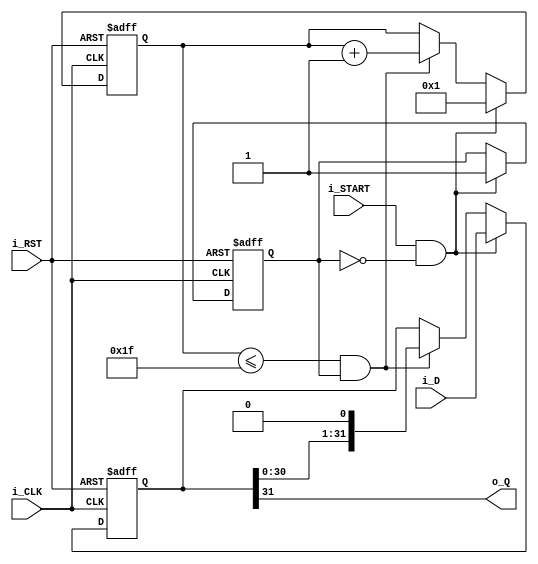
module shift_out_reg #(
    parameter DATA_WIDTH = 32 //number of bits for i_D
    ) (
    input i_CLK, //Clock
    input i_RST, //Asynchronous reset
    input i_START, //When i_START asserted to 1, load contents of i_D into reg, begin shifting out
    input [DATA_WIDTH-1:0] i_D, //LSB input 
    output o_Q //Output to MISO
    );

    reg [DATA_WIDTH - 1 : 0] s_DATA; //Holds data to be shifted out, written when i_START asserted
    reg [7:0] s_CNT; //Internal reg to shift along enable with data out. Could also make a counter
    reg s_RUNNING;

    always @(posedge i_CLK, posedge i_RST) begin
        if(i_RST) begin //Asynch reset
            s_DATA <= 0; //LSB = 1 to stop enable when in MSB
            s_CNT <= 0;
            s_RUNNING <= 1'b0;
        end 
        else if(i_START == 1'b1 && s_RUNNING == 1'b0) begin //When starting, load and send out first bit
            s_DATA <= i_D;
            s_RUNNING <= 1'b1;
            s_DATA <= i_D;
            s_CNT <= 1;
        end
        else if((s_CNT <= DATA_WIDTH - 1) && s_RUNNING == 1'b1) begin //every other bit, just shift, NO LOAD
            s_DATA <= {s_DATA[DATA_WIDTH - 2 : 0], 1'b0};
            s_CNT <= s_CNT + 1;
        end
    end

    assign o_Q = s_DATA[DATA_WIDTH - 1];

endmodule
`default_nettype wire